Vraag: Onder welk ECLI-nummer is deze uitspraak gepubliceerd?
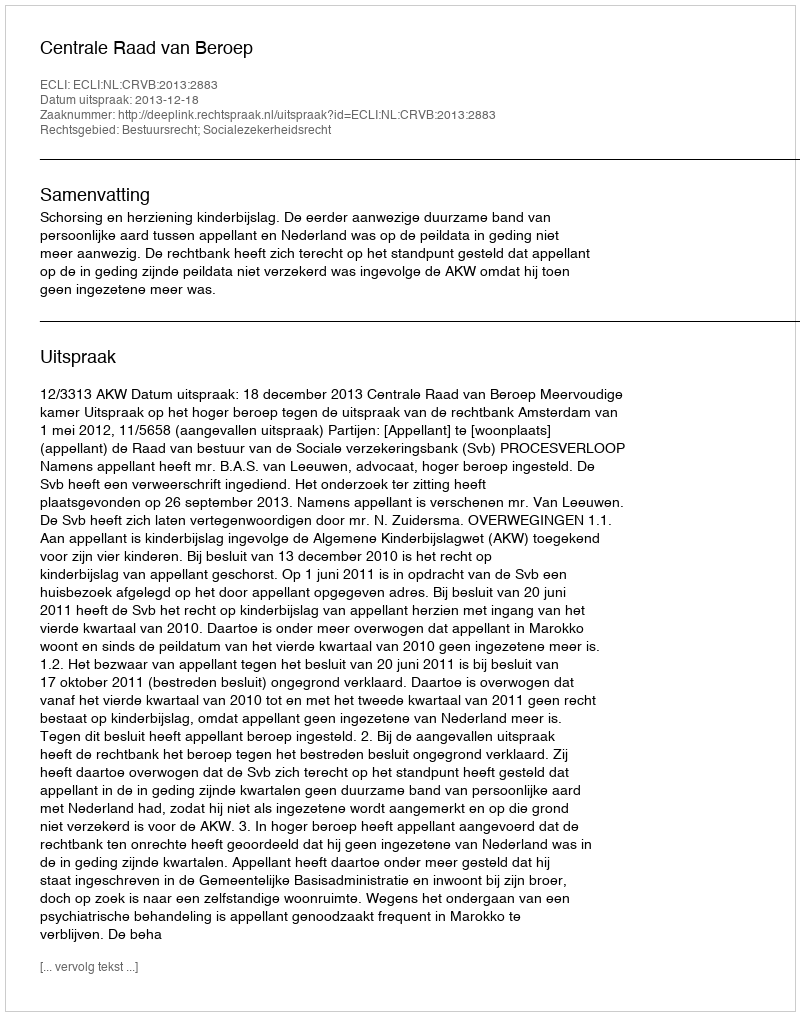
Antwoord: ECLI:NL:CRVB:2013:2883